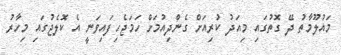
މައުލޫމާތު ދޭ ގޮތުގައި މިއަދު ކުރިއަށް ގެންދިއުމަށް ހަމަޖެހިފައިވަނީ އެ ކޮލެޖުގައި މިހާރު